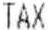
TAX